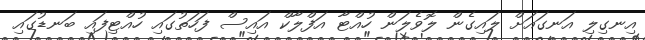
އިނގިލި އަނގައަށް ލައިގެން ލޮވެލަން ހުއްޓާ އަފްލާކް އައިސް ފަހަތުގައި ހުއްޓިފައި ބަނޑުގައި